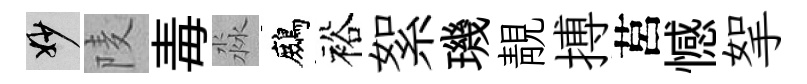
妙𨹧毒淼鷓裕絮璣靚搏莒憾挐